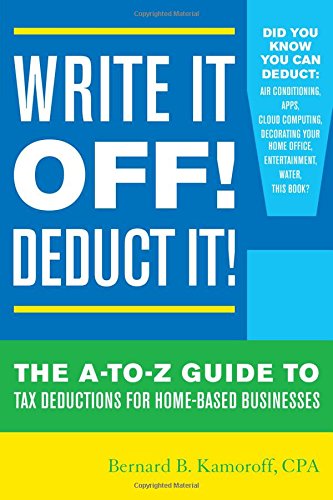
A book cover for Write It Off! Deduct It!: The A-to-Z Guide to Tax Deductions for Home-Based Businesses; Bernard B. Kamoroff C.P.A.; Business & Money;